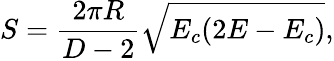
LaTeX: S={\frac{2\pi R}{D-2}}\sqrt{E_{c}(2E-E_{c})},